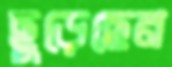
ছুড়েছেন